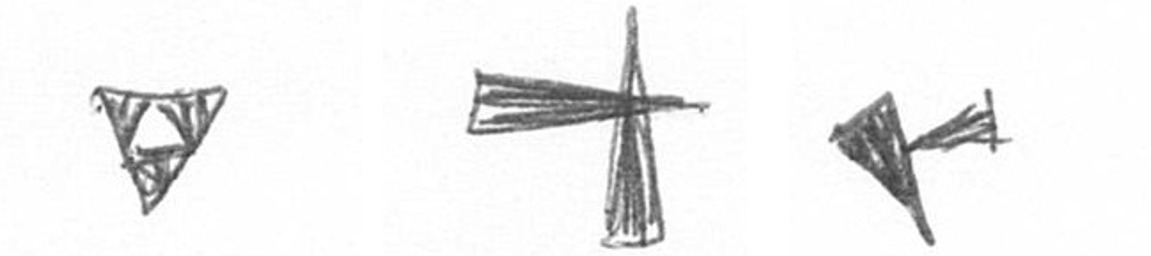
S G F